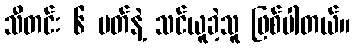
သီတင်း ၆ ပတ်နဲ့ သင်ယူခဲ့သူ ဖြစ်ပါတယ်။